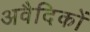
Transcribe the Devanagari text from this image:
अवैदिकों